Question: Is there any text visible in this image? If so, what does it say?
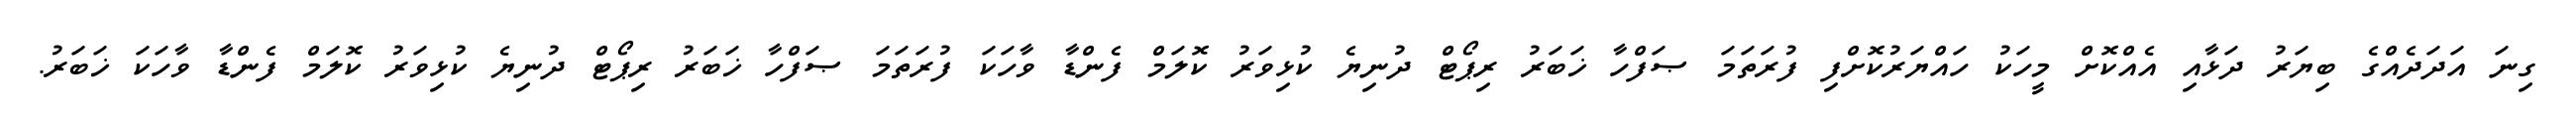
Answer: ގިނަ އަދަދެއްގެ ބިޔަރު ދަޅާއި އެއްކޮށް މީހަކު ހައްޔަރުކޮށްފި ފުރަތަމަ ޞަފްހާ ޚަބަރު ރިޕޯޓް ދުނިޔެ ކުޅިވަރު ކޮލަމް ފެންޑާ ވާހަކަ ފުރަތަމަ ޞަފްހާ ޚަބަރު ރިޕޯޓް ދުނިޔެ ކުޅިވަރު ކޮލަމް ފެންޑާ ވާހަކަ ޚަބަރު.